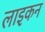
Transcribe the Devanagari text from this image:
लाइकन